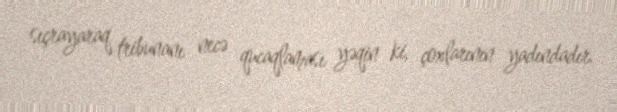
sıçrayaraq tribunanı necə qucaqlaması yəqin ki, çoxlarının yadındadır.